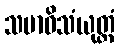
သမာဓိသံယုတ္တံ